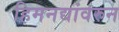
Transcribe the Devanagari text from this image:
हिमनद्यांवरुन